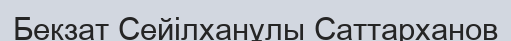
Бекзат Сейілханұлы Саттарханов